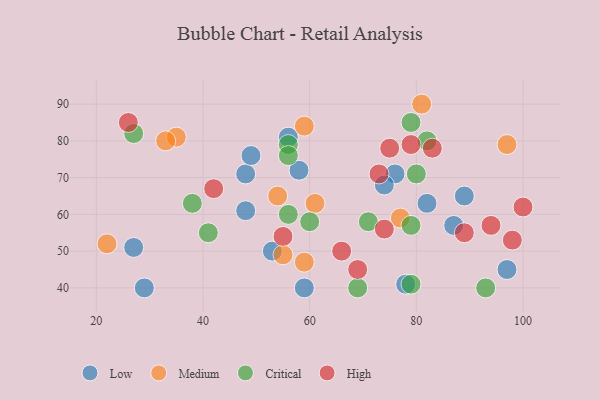
{"axis": {"x": "GDP", "y": "Life Expectancy"}, "legend": ["Critical", "High", "Low", "Medium"], "data": [{"x": "29", "y": 40, "type": "Low"}, {"x": "48", "y": 71, "type": "Low"}, {"x": "49", "y": 76, "type": "Low"}, {"x": "59", "y": 40, "type": "Low"}, {"x": "82", "y": 63, "type": "Low"}, {"x": "27", "y": 51, "type": "Low"}, {"x": "76", "y": 71, "type": "Low"}, {"x": "56", "y": 81, "type": "Low"}, {"x": "87", "y": 57, "type": "Low"}, {"x": "58", "y": 72, "type": "Low"}, {"x": "48", "y": 61, "type": "Low"}, {"x": "78", "y": 41, "type": "Low"}, {"x": "53", "y": 50, "type": "Low"}, {"x": "74", "y": 68, "type": "Low"}, {"x": "89", "y": 65, "type": "Low"}, {"x": "97", "y": 45, "type": "Low"}, {"x": "59", "y": 47, "type": "Medium"}, {"x": "97", "y": 79, "type": "Medium"}, {"x": "61", "y": 63, "type": "Medium"}, {"x": "77", "y": 59, "type": "Medium"}, {"x": "35", "y": 81, "type": "Medium"}, {"x": "55", "y": 49, "type": "Medium"}, {"x": "59", "y": 84, "type": "Medium"}, {"x": "54", "y": 65, "type": "Medium"}, {"x": "22", "y": 52, "type": "Medium"}, {"x": "81", "y": 90, "type": "Medium"}, {"x": "33", "y": 80, "type": "Medium"}, {"x": "93", "y": 40, "type": "Critical"}, {"x": "79", "y": 57, "type": "Critical"}, {"x": "41", "y": 55, "type": "Critical"}, {"x": "56", "y": 79, "type": "Critical"}, {"x": "71", "y": 58, "type": "Critical"}, {"x": "79", "y": 41, "type": "Critical"}, {"x": "56", "y": 60, "type": "Critical"}, {"x": "82", "y": 80, "type": "Critical"}, {"x": "60", "y": 58, "type": "Critical"}, {"x": "27", "y": 82, "type": "Critical"}, {"x": "80", "y": 71, "type": "Critical"}, {"x": "56", "y": 76, "type": "Critical"}, {"x": "69", "y": 40, "type": "Critical"}, {"x": "38", "y": 63, "type": "Critical"}, {"x": "79", "y": 85, "type": "Critical"}, {"x": "55", "y": 54, "type": "High"}, {"x": "94", "y": 57, "type": "High"}, {"x": "75", "y": 78, "type": "High"}, {"x": "73", "y": 71, "type": "High"}, {"x": "42", "y": 67, "type": "High"}, {"x": "83", "y": 78, "type": "High"}, {"x": "79", "y": 79, "type": "High"}, {"x": "26", "y": 85, "type": "High"}, {"x": "100", "y": 62, "type": "High"}, {"x": "66", "y": 50, "type": "High"}, {"x": "74", "y": 56, "type": "High"}, {"x": "89", "y": 55, "type": "High"}, {"x": "98", "y": 53, "type": "High"}, {"x": "69", "y": 45, "type": "High"}]}